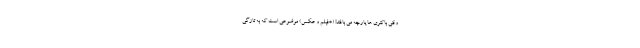
وقتی باکتری ها پارچه می بافند! (+فیلم و عکس) موضوعی است که به تازگی